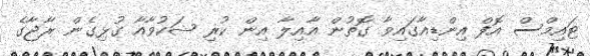
ޓައިމްސް އޮފް އިންޑިއާގައިވާ ގޮތުން އާއިލާ އިން ކުރި ޝަކުވާއާ ގުޅިގެން ރާޖާގެ